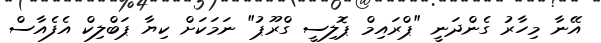
އޭނާ މިހާރު ގެންދަނީ "ޕްރައިމް ޕޮލިސީ ގްރޫޕު" ނަމަކަށް ކިޔާ ޕަބްލިކް އެފެއާސް